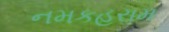
નમકહરામ